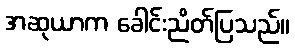
အဆုယာက ခေါင်းညိတ်ပြသည်။